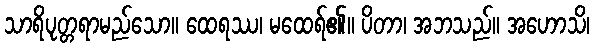
သာရိပုတ္တရာမည်သော။ ထေရဿ၊ မထေရ်၏။ ပိတာ၊ အဘသည်။ အဟောသိ၊